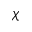
\chi